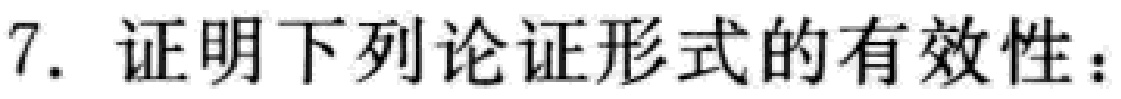
7. 证明下列论证形式的有效性：